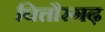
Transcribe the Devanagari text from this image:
चित्तौरगढ़